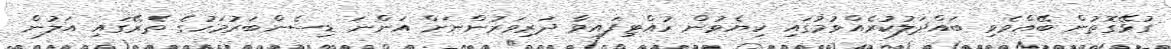
ގުޅޭގޮތުން ބޭއްވެވި ބައްދަލުކުރެއްވުމުގައި ކިޔެވުން ހުއްޓިފައިވާ ދަރިވަރުންނަށް އަންނަ ޑިސެންބަރުމަހުގެ ތެރޭގައި އަލުން